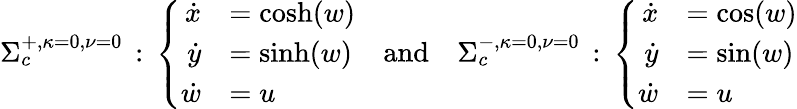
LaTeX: \begin{array}{r}{\Sigma_{c}^{+,\kappa=0,\nu=0}\, :\, \left\{ \begin{array}{rl}{\dot{x}}&{=\cosh(w)}\\ {\dot{y}}&{=\sinh(w)}\\ {\dot{w}}&{=u}\end{array}\right.\quad\textrm{and}\quad\Sigma_{c}^{-,\kappa=0,\nu=0}\, :\, \left\{ \begin{array}{rl}{\dot{x}}&{=\cos(w)}\\ {\dot{y}}&{=\sin(w)}\\ {\dot{w}}&{=u}\end{array}\right.}\end{array}